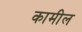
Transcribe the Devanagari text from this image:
कामील